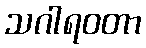
သဂါရဝတာ